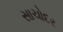
સાચોદર